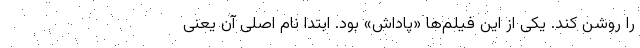
را روشن کند. یکی از این فیلم‌ها «پاداش» بود. ابتدا نام اصلی آن یعنی